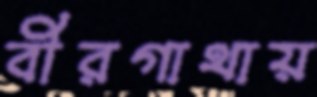
বীরগাথায়